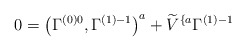
\begin{align*}0=\left( \Gamma _{}^{\left( 0\right) 0},\Gamma _{}^{\left(1\right) -1}\right) ^a+\widetilde{V}^{\{a}\Gamma _{}^{\left( 1\right) -1}\end{align*}